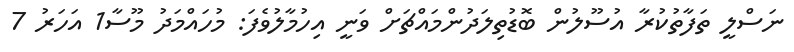
ނަސްލީ ތަފާތުކުރާ އުސޫލުން ބޮޑުތިލަދުންމައްޗަށް ވަނީ އިހުމާލުވެފަ: މުހައްމަދު މޫސާ1 އަހަރު 7